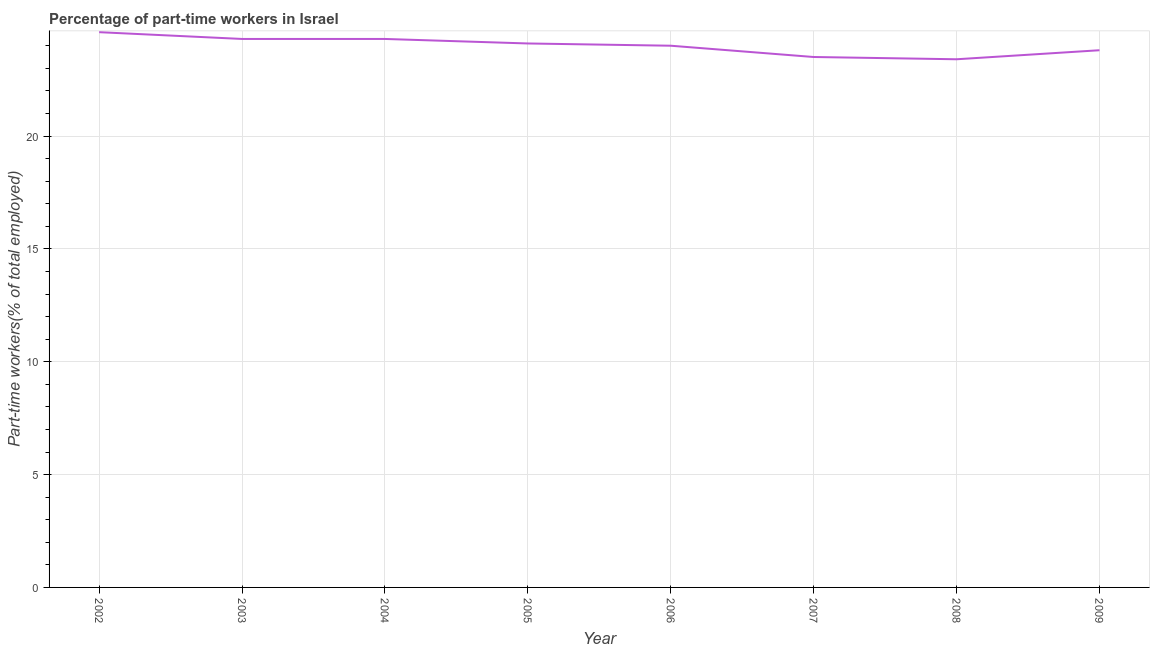
| Year | Part time employment |
 | --- | --- |
 | 2002 | 24.6 |
 | 2003 | 24.3 |
 | 2004 | 24.3 |
 | 2005 | 24.1 |
 | 2006 | 24 |
 | 2007 | 23.5 |
 | 2008 | 23.4 |
 | 2009 | 23.8 |